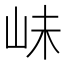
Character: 𡶎